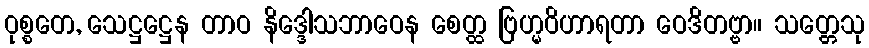
ဝုစ္စတေ, သေဋ္ဌဋ္ဌေန တာဝ နိဒ္ဒေါသဘာဝေန စေတ္ထ ဗြဟ္မဝိဟာရတာ ဝေဒိတဗ္ဗာ။ သတ္တေသု